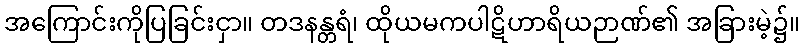
အကြောင်းကိုပြခြင်းငှာ။ တဒနန္တရံ၊ ထိုယမကပါဋိဟာရိယဉာဏ်၏ အခြားမဲ့၌။